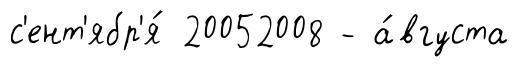
с'ент'ябр'я́ 20052008 - а́вгуста